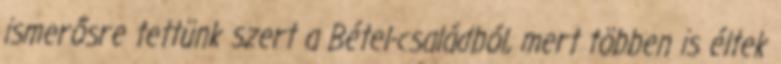
ismerősre tettünk szert a Bétel-családból, mert többen is éltek